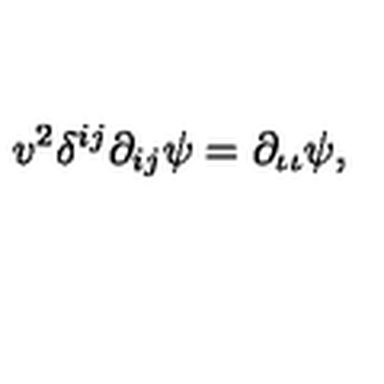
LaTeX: v ^ { 2 } \delta ^ { i j } \partial _ { i j } \psi = \partial _ { \iota \iota } \psi ,